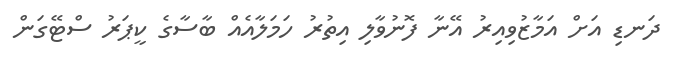
ދަނޑި އަށް އަމާޒުވިއިރު އޭނާ ފޮނުވާލި އިތުރު ހަމަލާއެއް ބާސާގެ ކީޕަރު ސްޓޭގަން